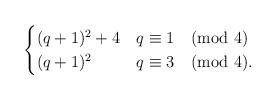
LaTeX: \begin{align*} \begin{cases} (q+1)^2+4&q\equiv1\pmod4\\ (q+1)^2&q\equiv3\pmod4. \end{cases} \end{align*}